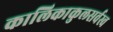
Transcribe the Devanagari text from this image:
कालिकाकुलसर्वस्व